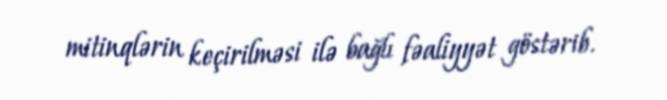
mitinqlərin keçirilməsi ilə bağlı fəaliyyət göstərib.